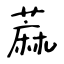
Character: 蔴